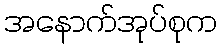
အနောက်အုပ်စုက